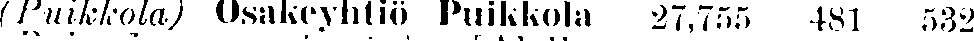
(Puikkola) Osakeyhtiö Puikkoja 27,755 481 532